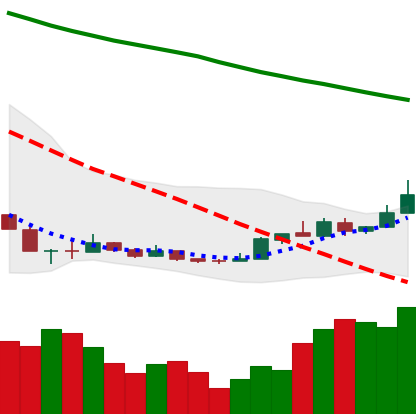
Ticker: NEO-USD
Chart end date: 2018-12-24
Forward return: -6.1%
Label: down_5_7